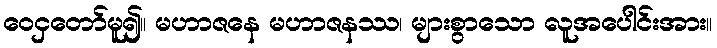
ဝေငှတော်မူ၍။ မဟာဇနေ မဟာဇနဿ၊ များစွာသော လူအပေါင်းအား။